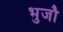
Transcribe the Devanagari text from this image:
भुजौ